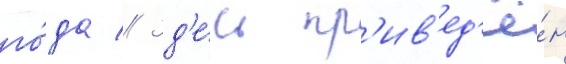
го́да // Зд'е́сь пр'ив'ед'ё́н